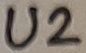
Text: U2